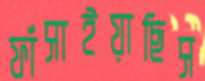
ফাঁসাইয়াছিস